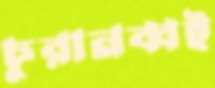
চুরানব্বই